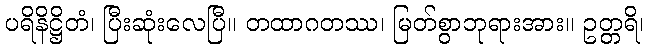
ပရိနိဋ္ဌိတံ၊ ပြီးဆုံးလေပြီ။ တထာဂတဿ၊ မြတ်စွာဘုရားအား။ ဥတ္တရိ၊